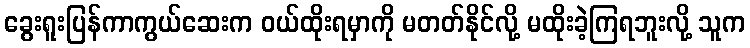
ခွေးရူးပြန်ကာကွယ်ဆေးက ဝယ်ထိုးရမှာကို မတတ်နိုင်လို့ မထိုးခဲ့ကြရဘူးလို့ သူက